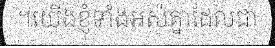
។យើងខ្ញុំទាំងអស់គ្នាដែលជា